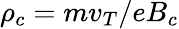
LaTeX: \rho_{c}=mv_{T}/eB_{c}